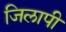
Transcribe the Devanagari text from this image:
जिलापी